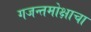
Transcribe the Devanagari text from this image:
गजन्तमोक्षाचा